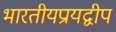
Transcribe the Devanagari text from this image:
भारतीयप्रायद्वीप